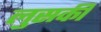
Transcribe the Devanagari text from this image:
लुसकी